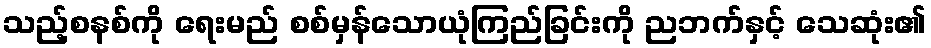
သည့်စနစ်ကို ရေးမည် စစ်မှန်သောယုံကြည်ခြင်းကို ညဘက်နှင့် သေဆုံး၏